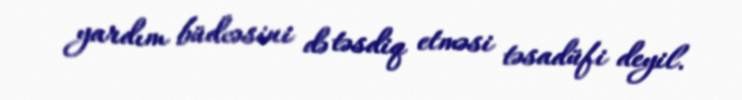
yardım büdcəsini də təsdiq etməsi təsadüfi deyil.